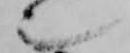
也